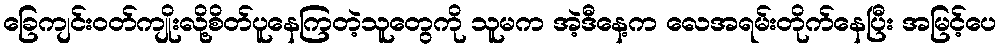
ခြေကျင်းဝတ်ကျိုးလို့စိတ်ပူနေကြတဲ့သူတွေကို သူမက အဲ့ဒီနေ့က လေအရမ်းတိုက်နေပြီး အမြင့်ပေ